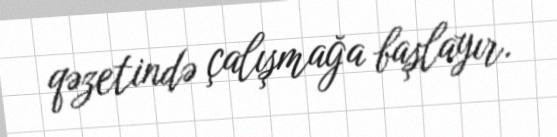
qəzetində çalışmağa başlayır.